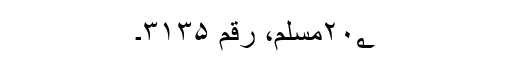
۲۰؂مسلم، رقم ۳۱۳۵۔